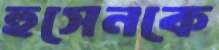
হুসেনকে